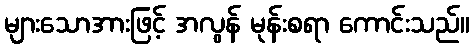
များသောအားဖြင့် အလွန် မုန်းစရာ ကောင်းသည်။